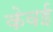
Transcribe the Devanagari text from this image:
केवई